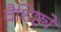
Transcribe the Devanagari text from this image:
वैशिष्ट्येेे